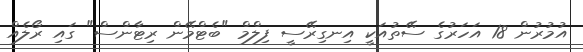
އުމުރުން 18 އަހަރުގެ ސޭތުއަކީ އިނގިރޭސީ ފިލްމް "ބެޓްމޭން ރިޓާންސް" ގައި ރޯލެއް